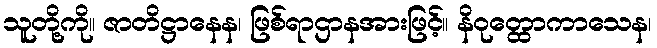
သူတို့ကို။ ဇာတိဋ္ဌာနေန၊ ဖြစ်ရာဌာနအားဖြင့်။ နိဝုတ္ထောကာသေန၊